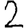
Digit: 2